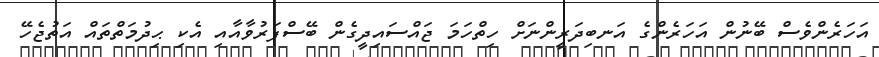
އަހަރެންވެސް ބޭނުން އަހަރެންގެ އަނބިދަރީންނަށް ހިތްހަމަ ޖައްސައިދީގެން ބޭސްފަރުވާއާއި އެކި ޙިދުމަތްތައް އަތުޖެހޭ